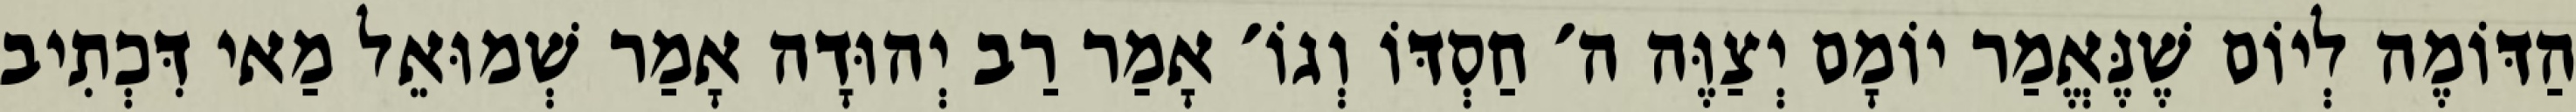
הַדּוֹמֶה לְיוֹם שֶׁנֶּאֱמַר יוֹמָם יְצַוֶּה ה׳ חַסְדּוֹ וְגוֹ׳ אָמַר רַב יְהוּדָה אָמַר שְׁמוּאֵל מַאי דִּכְתִיב